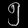
Digit: ၅